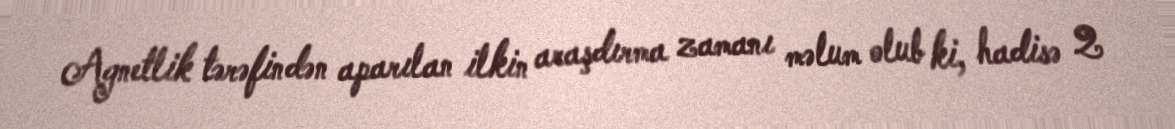
Agnetlik tərəfindən aparılan ilkin araşdırma zamanı məlum olub ki, hadisə 2